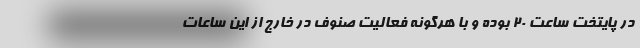
در پایتخت ساعت ۲۰ بوده و با هرگونه فعالیت صنوف در خارج از این ساعات